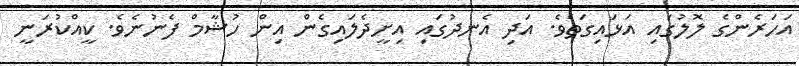
އަހަރެންގެ ލޮލުގައި އަޅައިގަތެވެ. އަދި އެނދުގައި އިށީދެލައިގެން އިން ހުޝާމް ފެނުނެވެ. ކީއްކުރަނީ